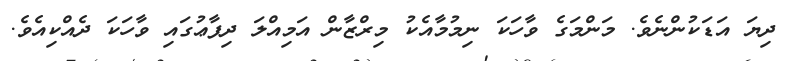
ދިޔަ އަޑަކުންނެވެ. މަންމަގެ ވާހަކަ ނިމުމާއެކު މިރްޒާން އަމިއްލަ ދިފާޢުގައި ވާހަކަ ދެއްކިއެވެ.